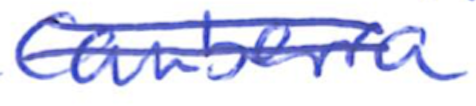
Text: Canberra
Cross-out: double-line
Writing tool: ballpoint